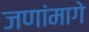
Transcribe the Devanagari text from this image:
जणांमागे